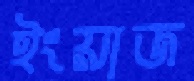
ইংয়াজ